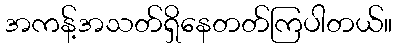
အကန့်အသတ်ရှိနေတတ်ကြပါတယ်။